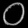
Digit: ၀